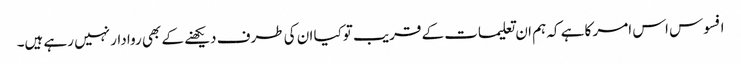
افسوس اس امر کا ہے کہ ہم ان تعلیمات کے قریب توکیا ان کی طرف دیکھنے کے بھی روا دار نہیں رہے ہیں۔